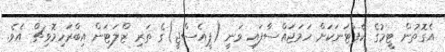
އެގޮތުން ޓީމުގެ ކެޕްޓަނަކަށް ހަމަޖައްސާފައި ވަނީ (ޕީއެސްޖީ)ގެ ތަރި ޒްލަޓަން އިބްރަހިމޮވިޗް އެވެ.